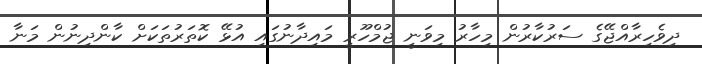
ދިވެހިރާއްޖޭގެ ސަރުކާރުން މިހާރު މިވަނީ ޖުމްހޫރީ މައިދާނުގައި އުޅޭ ކޮތަރުތަކަށް ކާންދިނުން މަނާ